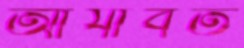
আর্যাবর্ত